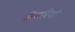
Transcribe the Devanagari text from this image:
सिसेरियो